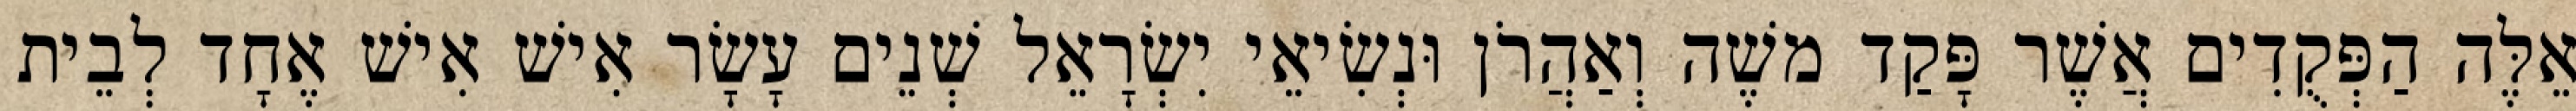
אֵלֶּה הַפְּקֻדִים אֲשֶׁר פָּקַד משֶׁה וְאַהֲרֹן וּנְשִׂיאֵי יִשְׂרָאֵל שְׁנֵים עָשָׂר אִישׁ אִישׁ אֶחָד לְבֵית